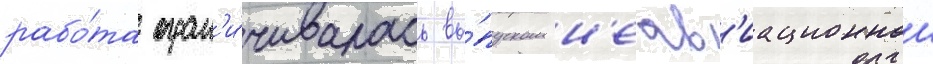
рабо́та огран'и́чивалась вы́пуском н'еав'иационнои